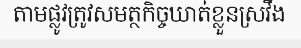
តាមផ្លូវត្រូវសមត្ថកិច្ចឃាត់ខ្លួនស្រវឹង